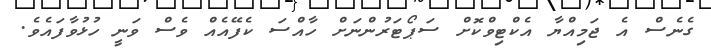
ގެނެސް އެ ޖަމިއްޔާ އެކްޓިވްކޮށް ސަޕޯޓަރުންނަށް ހާއްސަ ކެފޭއެއް ވެސް ވަނީ ހުޅުވާފައެވެ.